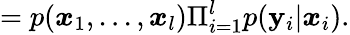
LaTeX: =p(\boldsymbol{x}_{1},...,\boldsymbol{x}_{l})\Pi_{i=1}^{l}p(\boldsymbol{\mathbf{y}}_{i}|\boldsymbol{x}_{i}).